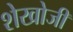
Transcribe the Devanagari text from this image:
शेखोजी